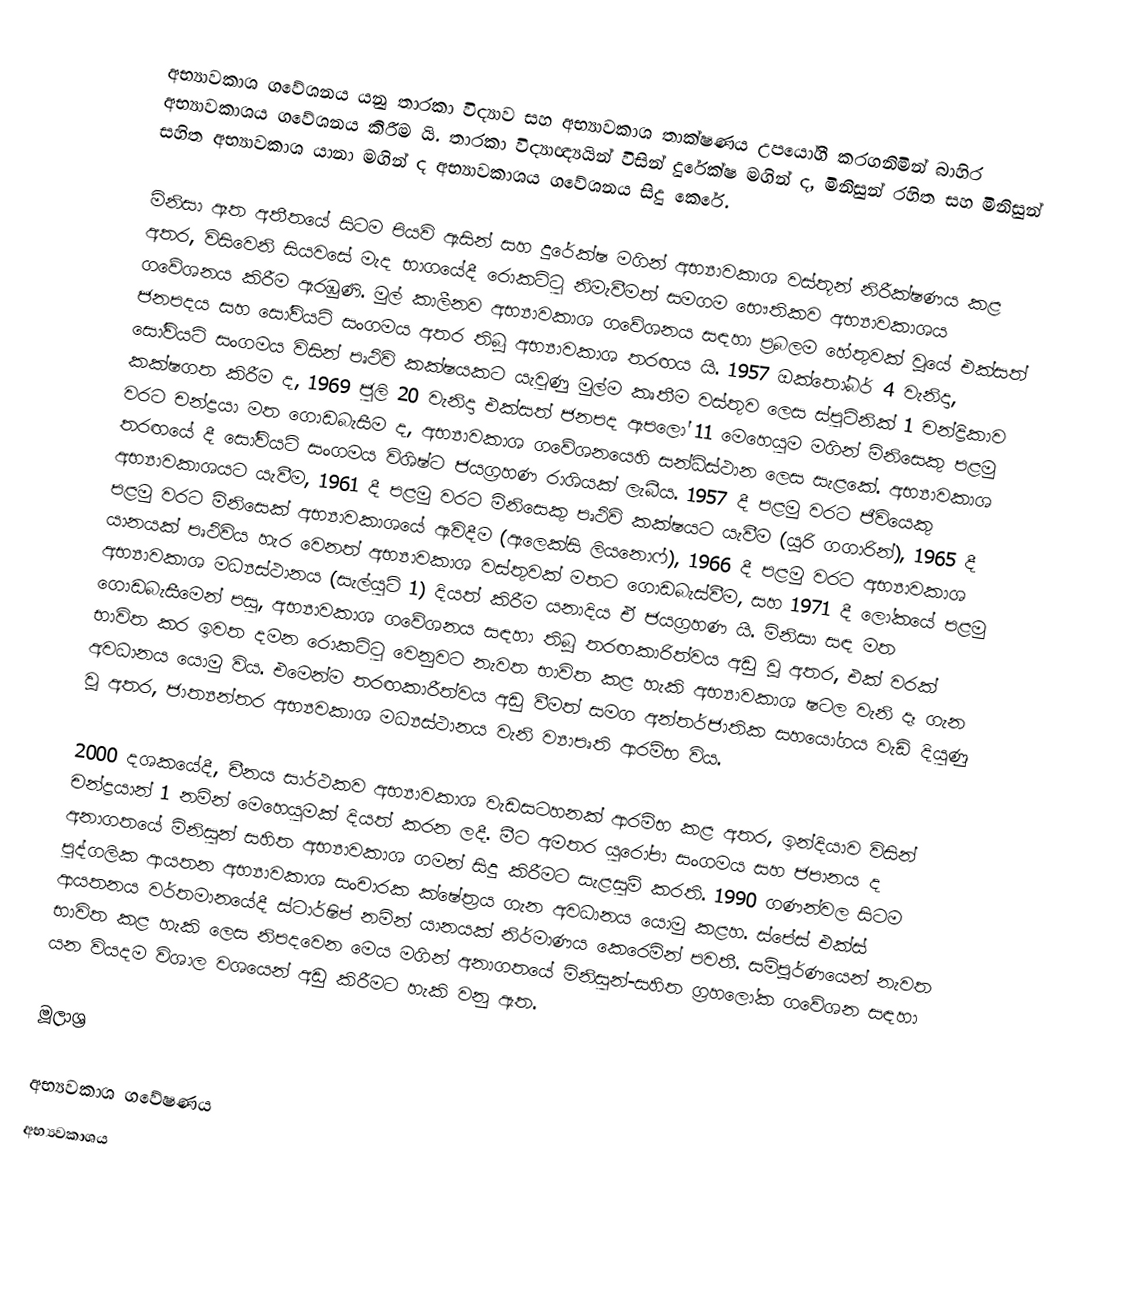
අභ්‍යාවකාශ ගවේශනය යනු තාරකා විද්‍යාව සහ අභ්‍යාවකාශ තාක්ෂණය උපයෝගී කරගනිමින් බාහිර අභ්‍යාවකාශය ගවේශනය කිරීම යි. තාරකා විද්‍යාඥ්‍යයින් විසින් දුරේක්ෂ මගින් ද, මිනිසුන් රහිත සහ මිනිසුන් සහිත අභ්‍යාවකාශ යානා මගින් ද අභ්‍යාවකාශය ගවේශනය සිදු කෙරේ.

මිනිසා ඈත අතීතයේ සිටම පියවි ඇසින් සහ දුරේක්ෂ මගින් අභ්‍යාවකාශ වස්තූන් නිරීක්ෂණය කළ අතර, විසිවෙනි සියවසේ මැද භාගයේදී රොකට්ටු නිමැවීමත් සමගම භෞතිකව අභ්‍යාවකාශය ගවේශනය කිරීම ඇරඹුණි. මුල් කාලීනව අභ්‍යාවකාශ ගවේශනය සඳහා ප්‍රබලම හේතුවක් වූයේ එක්සත් ජනපදය සහ සෝවියට් සංගමය අතර තිබූ අභ්‍යාවකාශ තරඟය යි. 1957 ඔක්තෝබර් 4 වැනිදා, සෝවියට් සංගමය විසින් පෘථිවි කක්ෂයකට යැවුණු මුල්ම කෘතීම වස්තුව ලෙස ස්පුට්නික් 1 චන්ද්‍රිකාව කක්ෂගත කිරීම ද, 1969 ජුලි 20 වැනිදා එක්සත් ජනපද ඇපලෝ 11 මෙහෙයුම මගින් මිනිසෙකු පළමු වරට චන්ද්‍රයා මත ගොඩබැසීම ද, අභ්‍යාවකාශ ගවේශනයෙහි සන්ධිස්ථාන ලෙස සැළකේ. අභ්‍යාවකාශ තරඟයේ දී සෝවියට් සංගමය විශිෂ්ට ජයග්‍රහණ රාශියක් ලැබීය. 1957 දී පළමු වරට ජීවියෙකු අභ්‍යාවකාශයට යැවීම, 1961 දී පළමු වරට මිනිසෙකු පෘථිවි කක්ෂයට යැවීම (යූරි ගගාරින්), 1965 දී පළමු වරට මිනිසෙක් අභ්‍යාවකාශයේ ඇවිදීම (ඇලෙක්සි ලියනොෆ්), 1966 දී පළමු වරට අභ්‍යාවකාශ යානයක් පෘථිවිය හැර වෙනත් අභ්‍යාවකාශ වස්තුවක් මතට ගොඩබැස්වීම, සහ 1971 දී ලෝකයේ පළමු අභ්‍යාවකාශ මධ්‍යස්ථානය (සැල්යුට් 1) දියත් කිරීම යනාදිය ඒ ජයග්‍රහණ යි. මිනිසා සඳ මත ගොඩබැසීමෙන් පසු, අභ්‍යාවකාශ ගවේශනය සඳහා තිබූ තරඟකාරිත්වය අඩු වූ අතර, එක් වරක් භාවිත කර ඉවත දමන රොකට්ටු වෙනුවට නැවත භාවිත කළ හැකි අභ්‍යාවකාශ ෂටල වැනි දෑ ගැන අවධානය යොමු විය. එමෙන්ම තරඟකාරීත්වය අඩු වීමත් සමග අන්තර්ජාතික සහයෝගය වැඩි දියුණු වූ අතර, ජාත්‍යන්තර අභ්‍යවකාශ මධ්‍යස්ථානය වැනි ව්‍යාපෘති ආරම්භ විය.

2000 දශකයේදී, චීනය සාර්ථකව අභ්‍යාවකාශ වැඩසටහනක් ආරම්භ කළ අතර, ඉන්දියාව විසින් චන්ද්‍රයාන් 1 නමින් මෙහෙයුමක් දියත් කරන ලදී. මීට අමතර යුරෝපා සංගමය සහ ජපානය ද අනාගතයේ මිනිසුන් සහිත අභ්‍යාවකාශ ගමන් සිදු කිරීමට සැළසුම් කරති. 1990 ගණන්වල සිටම පුද්ගලික ආයතන අභ්‍යාවකාශ සංචාරක ක්ෂේත්‍රය ගැන අවධානය යොමු කළහ. ස්පේස් එක්ස් ආයතනය වර්තමානයේදී ස්ටාර්ෂිප් නමින් යානයක් නිර්මාණය කෙරෙමින් පවතී. සම්පූර්ණයෙන් නැවත භාවිත කළ හැකි ලෙස නිපදවෙන මෙය මගින් අනාගත‍යේ මිනිසුන්-සහිත ග්‍රහලෝක ගවේශන සඳහා යන වියදම විශාල වශයෙන් අඩු කිරීමට හැකි වනු ඇත.

මූලාශ්‍ර

අභ්‍යවකාශ ගවේෂණය
අභ්‍යවකාශය